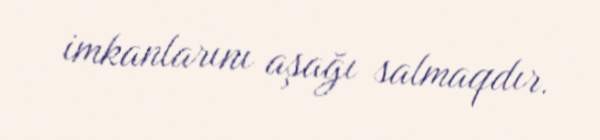
imkanlarını aşağı salmaqdır.